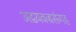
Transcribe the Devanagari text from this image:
अद्वयवज्रसंगह